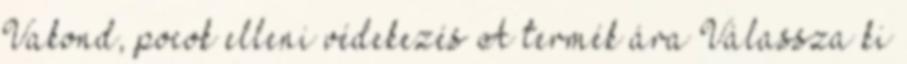
Vakond, pocok elleni védekezés A termék ára Válassza ki